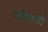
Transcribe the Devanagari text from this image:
परिश्रमो